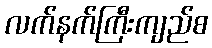
လက်နက်ကြီးကျည်စ